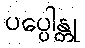
ပပ္ပေါန္တု